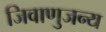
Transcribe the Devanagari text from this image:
जिवाणुजन्य